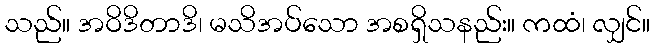
သည်။ အဝိဒိတာဒိ၊ မသိအပ်သော အစရှိသနည်း။ ကထံ၊ လျှင်။